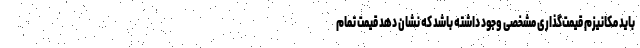
باید مکانیزم قیمت‌گذاری مشخصی وجود داشته باشد که نشان دهد قیمت تمام